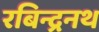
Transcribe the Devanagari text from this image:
रबिन्द्रनथ